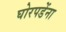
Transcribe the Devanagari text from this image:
घोरपडेंना